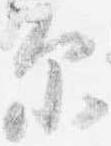
示